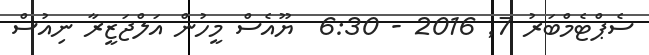
ސެޕްޓެމްބަރު 7